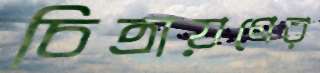
চিত্রায়ণের